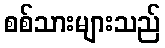
စစ်သားများသည်